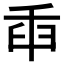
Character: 𦥛